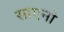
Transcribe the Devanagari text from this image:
साएनो